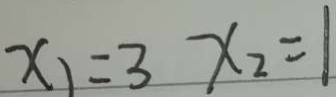
x _ { 1 } = 3 x _ { 2 } = 1